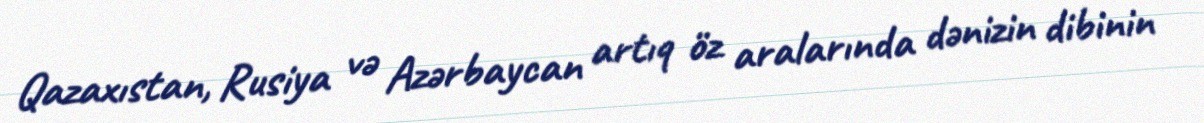
Qazaxıstan, Rusiya və Azərbaycan artıq öz aralarında dənizin dibinin